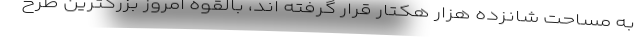
به مساحت شانزده هزار هکتار قرار گرفته اند، بالقوه امروز بزرگترین طرح